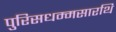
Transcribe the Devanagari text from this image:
पुरिसधम्मसारथि